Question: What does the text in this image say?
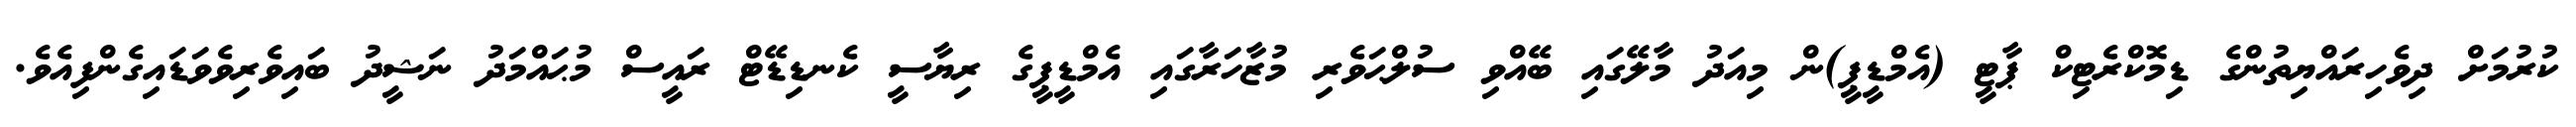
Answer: ކުރުމަށް ދިވެހިރައްޔިތުންގެ ޑިމޮކްރެޓިކް ޕާޓީ (އެމްޑީޕީ)ން މިއަދު މާލޭގައި ބޭއްވި ސުލްޙަވެރި މުޒާހަރާގައި އެމްޑީޕީގެ ރިޔާސީ ކެނޑިޑޭޓް ރައީސް މުޙައްމަދު ނަޝީދު ބައިވެރިވެވަޑައިގެންފިއެވެ.